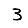
Digit: 3